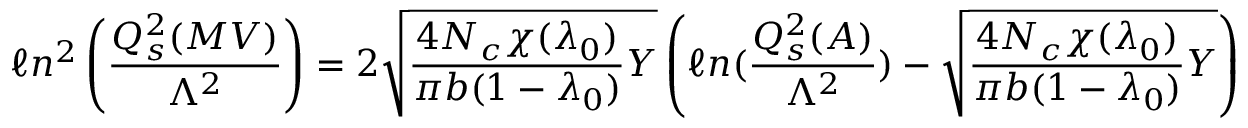
\ell n ^ { 2 } \left( { \frac { Q _ { s } ^ { 2 } ( M V ) } { \Lambda ^ { 2 } } } \right) = 2 { \sqrt { { \frac { 4 N _ { c } \chi ( \lambda _ { 0 } ) } { \pi b ( 1 - \lambda _ { 0 } ) } } Y } } \left( \ell n ( { \frac { Q _ { s } ^ { 2 } ( A ) } { \Lambda ^ { 2 } } } ) - { \sqrt { { \frac { 4 N _ { c } \chi ( \lambda _ { 0 } ) } { \pi b ( 1 - \lambda _ { 0 } ) } } Y } } \right)